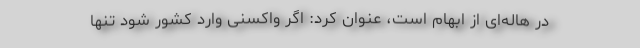
در هاله‌ای از ابهام است، عنوان کرد: اگر واکسنی وارد کشور شود تنها